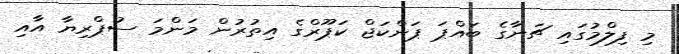
މި ފިލްމުގައި ޗަނާގެ ބައްޕަ ޕަންކަޖް ކަޕޫރްގެ އިތުރުން މަންމަ ސުޕްރިޔާ އާއި